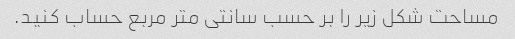
مساحت شکل زیر را بر حسب سانتی متر مربع حساب کنید.